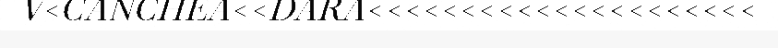
V<CANCHEA<<DARA<<<<<<<<<<<<<<<<<<<<<